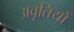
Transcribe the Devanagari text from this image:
अवृतियों